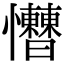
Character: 𢥱